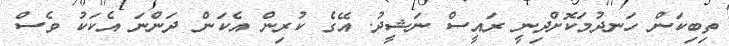
ތިބިކަން ހަނދުމަކޮށްދިނީ ރައީސް ނަޝީދު. އޭގެ ކުރިން އެކަން ދަންނަ އެކަކު ވެސް